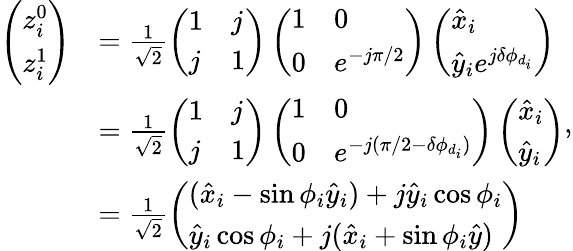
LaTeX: \begin{array}{rl}{\left(\begin{array}{l}{z_{i}^{0}}\\ {z_{i}^{1}}\end{array}\right)}&{=\frac{1}{\sqrt{2}}\left(\begin{array}{ll}{1}&{j}\\ {j}&{1}\end{array}\right)\left(\begin{array}{ll}{1}&{0}\\ {0}&{e^{-j\pi/2}}\end{array}\right)\left(\begin{array}{l}{\hat{x}_{i}}\\ {\hat{y}_{i}e^{j\delta\phi_{d_{i}}}}\end{array}\right)}\\ &{=\frac{1}{\sqrt{2}}\left(\begin{array}{ll}{1}&{j}\\ {j}&{1}\end{array}\right)\left(\begin{array}{ll}{1}&{0}\\ {0}&{e^{-j(\pi/2-\delta\phi_{d_{i}})}}\end{array}\right)\left(\begin{array}{l}{\hat{x}_{i}}\\ {\hat{y}_{i}}\end{array}\right)}\\ &{=\frac{1}{\sqrt{2}}\left(\begin{array}{l}{(\hat{x}_{i}-\sin\phi_{i}\hat{y}_{i})+j\hat{y}_{i}\cos\phi_{i}}\\ {\hat{y}_{i}\cos\phi_{i}+j(\hat{x}_{i}+\sin\phi_{i}\hat{y})}\end{array}\right)}\end{array},